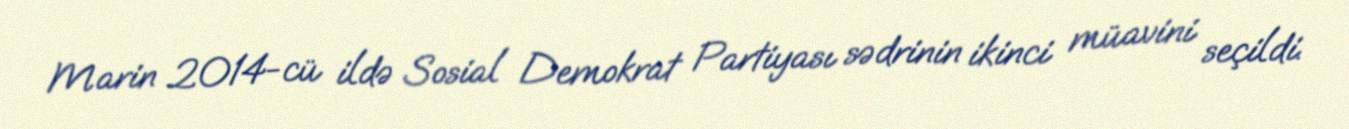
Marin 2014-cü ildə Sosial Demokrat Partiyası sədrinin ikinci müavini seçildi.